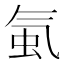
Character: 𧉁